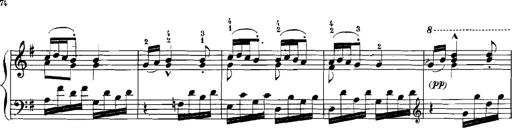
Title: Rhapsodies hongroises
Composer: Franz Liszt